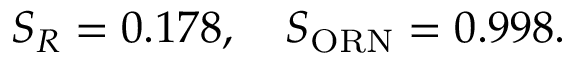
S _ { R } = 0 . 1 7 8 , \quad S _ { \mathrm { O R N } } = 0 . 9 9 8 .